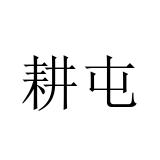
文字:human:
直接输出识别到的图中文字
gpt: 耕屯